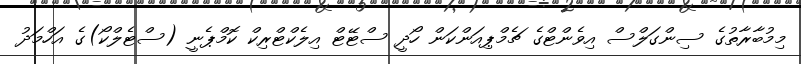
މިމުބާރާތުގެ ސިންގަލްސް އިވެންޓްގެ ޗެމްޕިއަންކަން ހޯދީ ސްޓޭޓް އިލެކްޓްރިކް ކޮމްޕެނީ (ސްޓެލްކޯ)ގެ އަހްމަދު